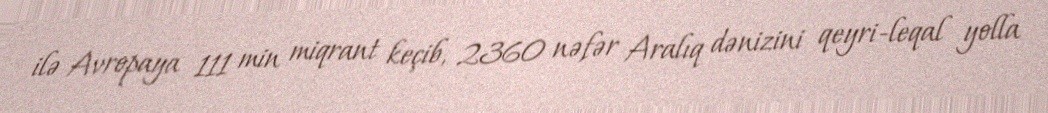
ilə Avropaya 111 min miqrant keçib, 2360 nəfər Aralıq dənizini qeyri-leqal yolla